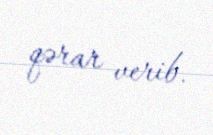
qərar verib.